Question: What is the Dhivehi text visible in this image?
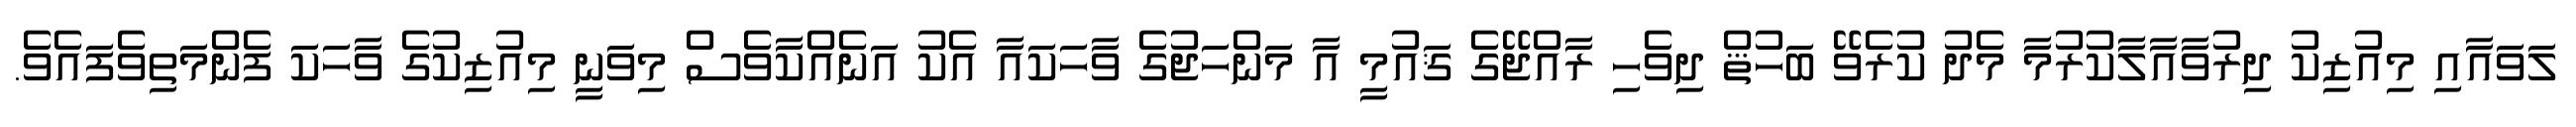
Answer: ލަވައާއި މިއުޒިކު ދިރުވާއާލާކުރުމާ މެދު ކުރެވޭ ބަހުޘް ދިވެހި ރާއްޖޭގެ ޤައުމީ އާ މަންހަޖުގެ ވާހަކައާ އެކު އަނެއްކާވެސް މިވަނީ މިއުޒިކުގެ ވާހަކަ ފެންމަތިވެފައެވެ.